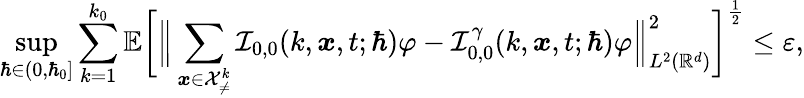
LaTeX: \operatorname*{sup}_{\hbar\in(0,\hbar_{0}]}\sum_{k=1}^{k_{0}}\mathbb{E}\bigg[\Big\lVert\sum_{\boldsymbol{x}\in\mathcal{X}_{\neq}^{k}}\mathcal{I}_{0,0}(k,\boldsymbol{x},t;\hbar)\varphi-\mathcal{I}_{0,0}^{\gamma}(k,\boldsymbol{x},t;\hbar)\varphi\Big\rVert_{L^{2}(\mathbb{R}^{d})}^{2}\bigg]^{\frac{1}{2}}\leq\varepsilon,